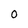
Character: 0